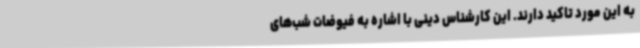
به این مورد تاکید دارند. این کارشناس دینی با اشاره به فیوضات شب‌های